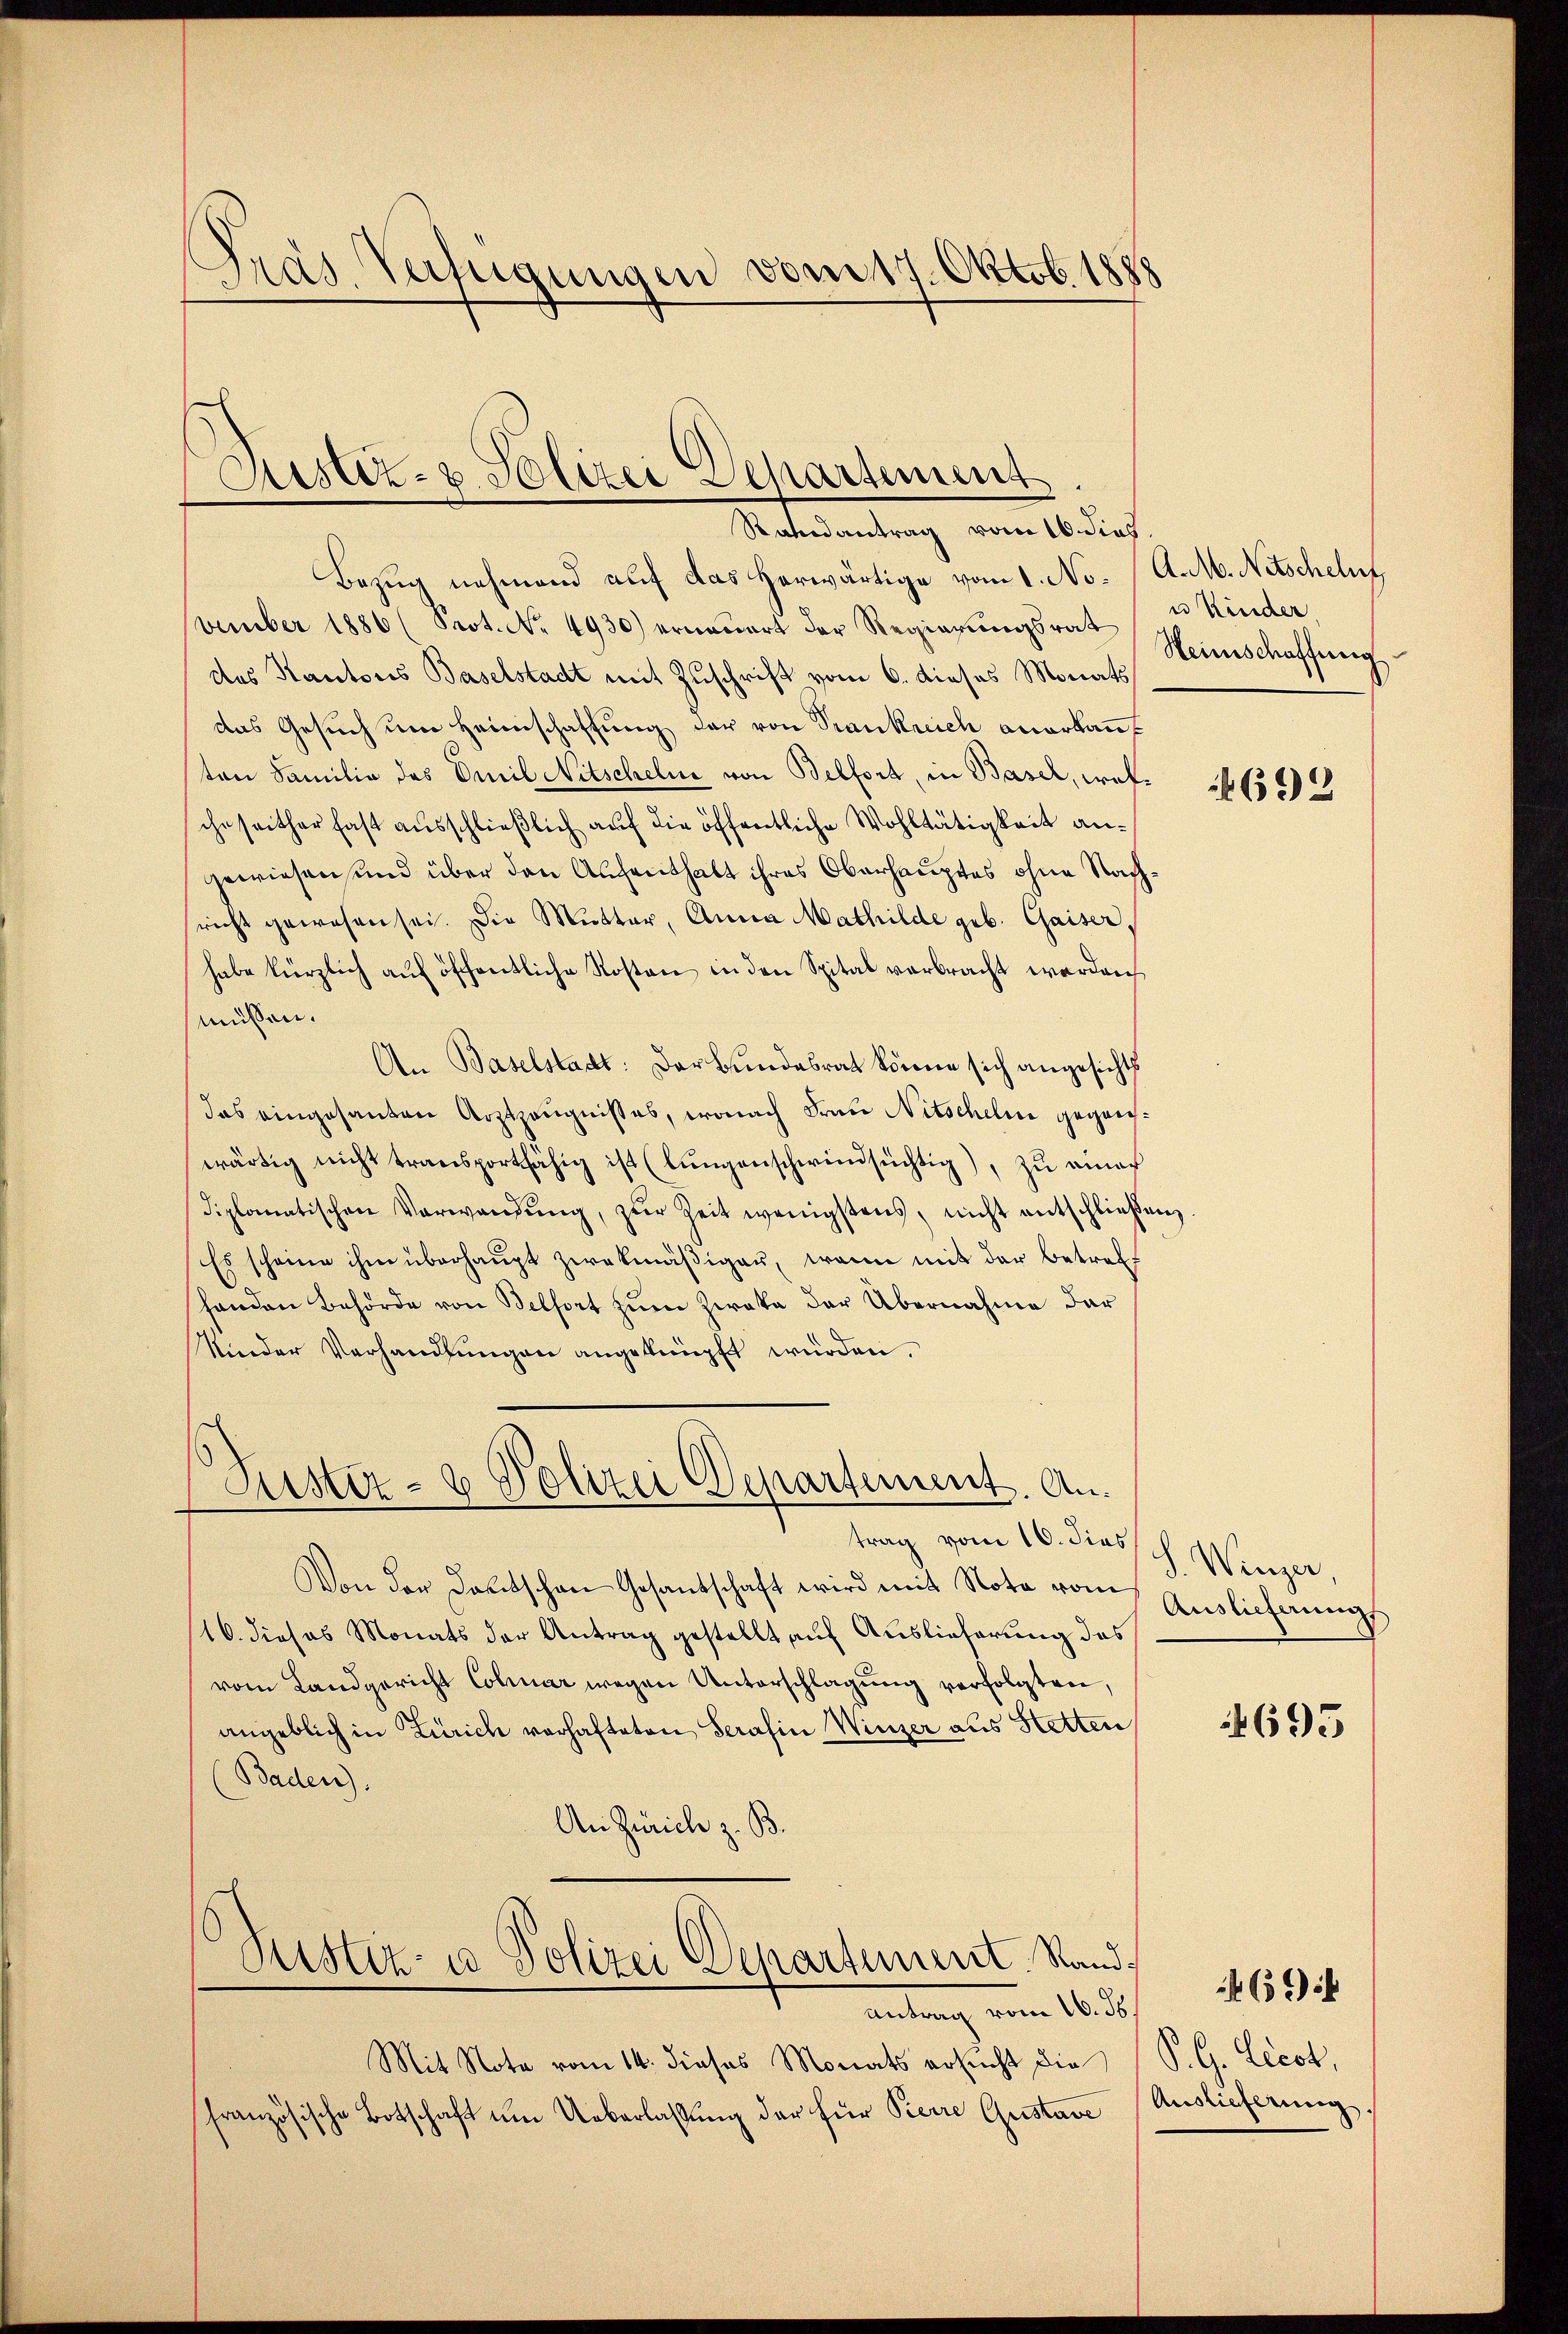
Pras Verfügungen vom 17. Oktob. 18

Justiz- u. Polizei Departement
Randantrag vom 16. dies

Bezug nehmend auf das herwärtige vom 1. November 1886 (Prot. No. 4930) erneuert der Regierungsrat
des Kantons Baselstadt mit Zuschrift vom 6. dieses Monats
das Gesuch um Heimschaffung der von Trankreich anerkanten Familie des Emil Nitscheln von Belfort, in Basel, welche seither fast ausschließlich auf die öffentliche Wohltätigkeit angewiesen und über den Aufenthalt ihres Oberhauptes ohne Nachricht gewesen sei. Die Mutter, Anna Mathilde geb. Gaiser,
habe kürzlich aŭf öffentliche Kosten in den Spital verbracht werden
müssen.
An Baselstadt: Der Bundesrat könne sich angesichts
das eingesanten Arztzeŭgnisses, wonach Frau Nitschelm gegenwärtig nicht transportfähig ist (lŭngenschwinnsüchtig), zu eina
diplomatischen Verwandŭng, zŭr Zeit wenigstens, nicht entschließen.
Es scheine ihm überhaupt zwekmäßiger, wenn mit der betrefshanden Behörde von Belfort zum Zweka der Übernahme dar
Kinder Verhandlŭngen angeknüpft würden.

Suster- & Polizei Departement. Antrag vom 16. diess

Von der Deutschen Gesandschaft wird mit Note vom
16. dieses Monats der Antrag gestellt auf Auslieferung das
vom Landgericht Colmar wegen Unterschlagung verfolgten,
angeblich in Zürich vorhafteten Serafin Winzer aus Hetten
Baden).
An Zürich z. B.
Rustiz- u Polizei Departement. Sand¬
Antrag vom 16. ds.
Mit Note vom 14. dieses Monats ersucht die S. G. Liest,
französische Botschaft ŭm Ueberlassung der für Pierre Gustave

A.M. Nitschelns
u Kinder,
Heimschaffung

692

d. Wenzer,
Auslieferung

4695

Auslieferung,

469